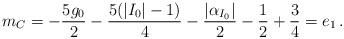
LaTeX: \begin{align*} m_C&=-\frac{5g_0}{2}-\frac{5(|I_0|-1)}{4}-\frac{|\alpha_{I_0}|}{2}-\frac{1}{2}+\frac{3}{4}=e_1\,.\end{align*}